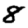
Digit: 8